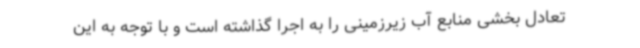
تعادل بخشی منابع آب زیرزمینی را به اجرا گذاشته است و با توجه به این